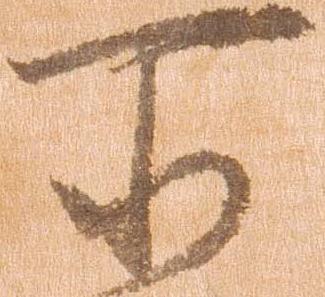
所